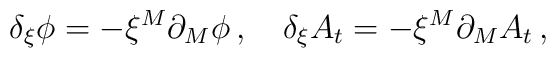
\delta_\xi \phi = - \xi^M \partial_M \phi\,, \quad  \delta_\xi A_t = -  \xi^M \partial_M A_t\,,